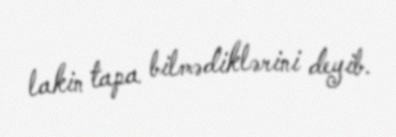
lakin tapa bilmədiklərini deyib.